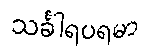
သင်္ခါရပရမာ